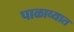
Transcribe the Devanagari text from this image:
पाळाव्यात